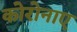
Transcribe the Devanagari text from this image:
कोरोनाए